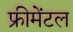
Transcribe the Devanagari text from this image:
फ्रीमेंटल